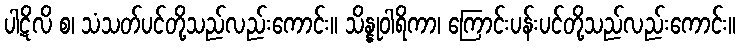
ပါဋိလိ စ၊ သံသတ်ပင်တို့သည်လည်းကောင်း။ သိန္နုဝါရိကာ၊ ကြောင်းပန်းပင်တို့သည်လည်းကောင်း။